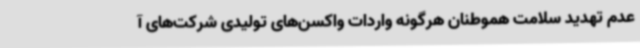
عدم تهدید سلامت هموطنان هرگونه واردات واکسن‌های تولیدی شرکت‌های آ